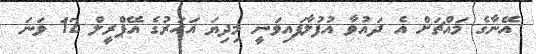
އޭނާގެ މައްޗަށް އެ ދައުވާ އުުފުލާފައިވަނީ މިދިޔަ އަހަރުގެ އޭޕްރީލް 12 ވަނަ